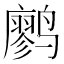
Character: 𫜆